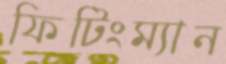
ফিটিংম্যান